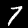
Label: 7